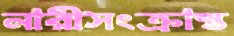
নারীসংক্রান্ত